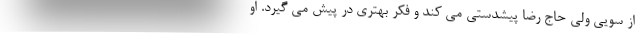
از سویی ولی حاج رضا پیشدستی می کند و فکر بهتری در پیش می گیرد. او